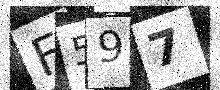
Text: F597